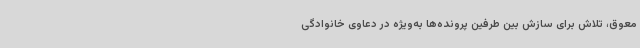
معوق، تلاش برای سازش بین طرفین پرونده‌ها به‌ویژه در دعاوی خانوادگی